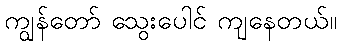
ကျွန်တော် သွေးပေါင် ကျနေတယ်။